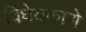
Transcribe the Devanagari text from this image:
विधेयकाणे